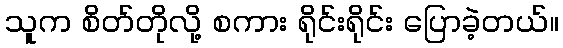
သူက စိတ်တိုလို့ စကား ရိုင်းရိုင်း ပြောခဲ့တယ်။